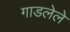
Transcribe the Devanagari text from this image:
गाडलेले